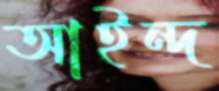
আইন্দ